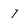
Character: 7